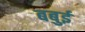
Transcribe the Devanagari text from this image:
बबुई